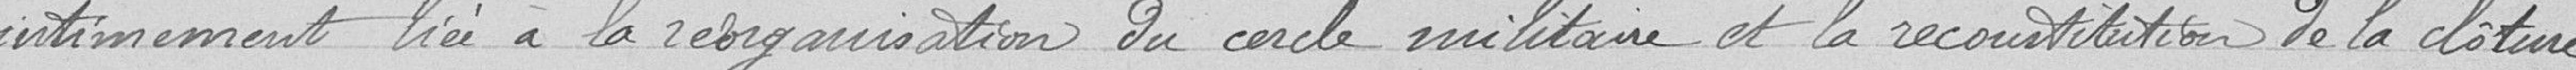
intimement liée à la réorganisation du cercle militaire et la reconstitution de la clôture